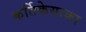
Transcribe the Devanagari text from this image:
कर्तिकेयाका